Leaving Certificate Examination, 1920
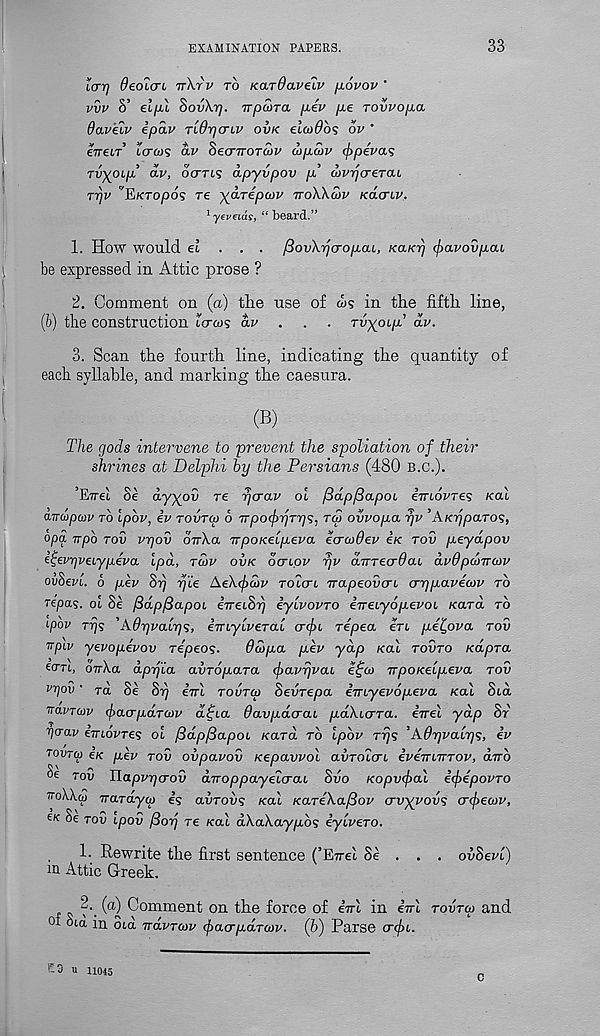
EXAMINATION PAPERS.
33
icrr) deoLCTL Tr\rv to Kardaveiv jxovov '
vvv S’ eljA 8ov\r]. TrpwTa pev pe rovvopa
Oaveiv ipav TiOr)crLV ovk elcoObs bv '
eireiT bcrois av SecrvoTCJU oj/igiv (ppevas
Tvyoip av, ocrrt? apyvpov p uv-qaerai
rrjv 'YiKTOpos re ydrepcov ttoWcov kolctiv,
1 yeveids, “ beard.”
1. How would et . . . /3ov\y]cropaL, KaKrj fyavovpai
be expressed in Attic prose ?
2. Comment on (a) the use of ws in the fifth line,
(&) the construction icr&js dv . . . rvyoip dv.
3. Scan the fourth line, indicating the quantity of
each syllable, and marking the caesura.
(B)
The gods intervene to prevent the spoliation of their
shrines at Delphi by the Persians (480 B.C.).
’End Se dyyou re rjcrav oi /3dpf3apob imovres Kal
dnupaiv to Ipbv, iv tovtco 6 7rpo(f>7]TT]<;, toj ovvopa rjv ’AKijpaTOS,
opa Trpb tov vrjov brrXa irpoKelpeva ecrodev Ik tov peydpov
etjevgvebypeva Ipd, tcov ovk octlov rjv diTTEcrdai av6pdnra>v
ovSevl. 6 pev Srj pie Aekeftaiv rotcrt TTapeovcn crppavecov to
repas. oi Se fdd.pfdapoi eireihrj iylvovTO iireLyopevoi «:ard to
ipov Trjs 'Adpvaips, emylveTai <T<f>b repea In pe^ova tov
rpiv yevopevov Tepees.
daipa pev yap Kal tovto Kapra
ecm, bn\a dprj'ia avTop.ara (ftavrjvai efa) irpoKeipeva tov
vyov • rd Se Si) eVi tovtcv Sedrepa imyevopeva Kal Sia
vavrcov (fiacrpoLTeov dijia Oavpdcrai paXiaTa. err el yap Sr
rjo-av enLovTes oi fidpfdapoL Kara to ipbv ri)s 'Adpvaiqs, iv
tovtg) ek pev tov ovpavov Kepavvol avToicri eveirLTTTOv, dub
tov Jlapvpaov dv-oppayeicrai Svo Kopvcftal iejiepovTO
noWd Traraygi is avTovs Kal KareXa/Sov crvyyovs afeojv,
es Se rod ipov /3oij re Kal dXaXaypbs iyiveTO.
1. Rewrite the first sentence (’Eire! Se . . . ovSevc)
m Attic Greek.
2.
of Sid i
(a) Comment on the force of eVi in eVi tovtoj and
1 oia rravTcov e/iacrpaTcvv. (b) Parse cr^)i.
S3 u 11045
C